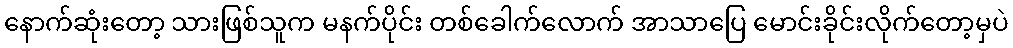
နောက်ဆုံးတော့ သားဖြစ်သူက မနက်ပိုင်း တစ်ခေါက်လောက် အာသာပြေ မောင်းခိုင်းလိုက်တော့မှပဲ